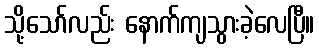
သို့သော်လည်း နောက်ကျသွားခဲ့လေပြီ။